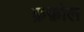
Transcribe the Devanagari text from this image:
क़फ़ील